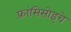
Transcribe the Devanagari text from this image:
फ्रांसिसोइचे